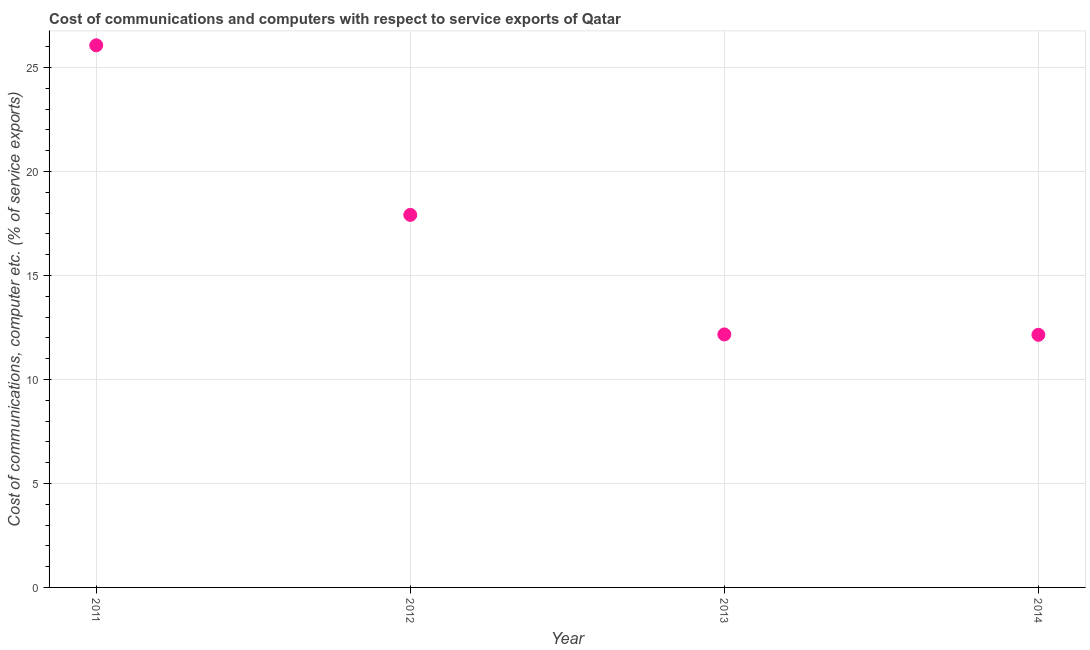
| Year | Communications |
 | --- | --- |
 | 2011 | 26.1 |
 | 2012 | 17.9 |
 | 2013 | 12.2 |
 | 2014 | 12.1 |